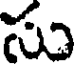
సు